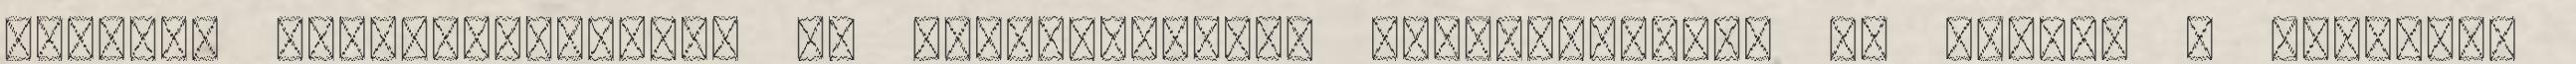
oldalon Tulajdonosoknak és kereskedőknek közvetítőknek is ingyen a hirdetés